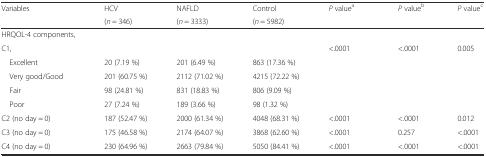
<table><thead><tr><td rowspan="2"><b>Variables</b></td><td><b>HCV</b></td><td><b>NAFLD</b></td><td><b>Control</b></td><td rowspan="2"><b><i>P</i> value<sup>a</sup></b></td><td rowspan="2"><b><i>P</i> value<sup>b</sup></b></td><td rowspan="2"><b><i>P</i> value<sup>c</sup></b></td></tr><tr><td><b>(<i>n</i> = 346)</b></td><td><b>(<i>n</i> = 3333)</b></td><td><b>(<i>n</i> = 5982)</b></td></tr></thead><tbody><tr><td>HRQOL-4 components,</td><td></td><td></td><td></td><td></td><td></td><td></td></tr><tr><td>C1,</td><td></td><td></td><td></td><td>&lt;.0001</td><td>&lt;.0001</td><td>0.005</td></tr><tr><td> Excellent</td><td>20 (7.19 %)</td><td>201 (6.49 %)</td><td>863 (17.36 %)</td><td></td><td></td><td></td></tr><tr><td> Very good/Good</td><td>201 (60.75 %)</td><td>2112 (71.02 %)</td><td>4215 (72.22 %)</td><td></td><td></td><td></td></tr><tr><td> Fair</td><td>98 (24.81 %)</td><td>831 (18.83 %)</td><td>806 (9.09 %)</td><td></td><td></td><td></td></tr><tr><td> Poor</td><td>27 (7.24 %)</td><td>189 (3.66 %)</td><td>98 (1.32 %)</td><td></td><td></td><td></td></tr><tr><td>C2 (no day = 0)</td><td>187 (52.47 %)</td><td>2000 (61.34 %)</td><td>4048 (68.31 %)</td><td>&lt;.0001</td><td>&lt;.0001</td><td>0.012</td></tr><tr><td>C3 (no day = 0)</td><td>175 (46.58 %)</td><td>2174 (64.07 %)</td><td>3868 (62.60 %)</td><td>&lt;.0001</td><td>0.257</td><td>&lt;.0001</td></tr><tr><td>C4 (no day = 0)</td><td>230 (64.96 %)</td><td>2663 (79.84 %)</td><td>5050 (84.41 %)</td><td>&lt;.0001</td><td>&lt;.0001</td><td>&lt;.0001</td></tr></tbody></table>